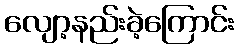
လျော့နည်းခဲ့ကြောင်း